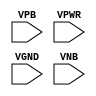
module sky130_fd_sc_lp__tapvgnd (
    //# {{power|Power}}
    input VPB ,
    input VPWR,
    input VGND,
    input VNB
);
endmodule